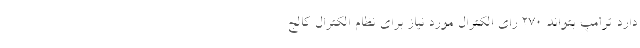
دارد ترامپ بتواند ۲۷۰ رای الکترال مورد نیاز برای نظام الکترال کالج